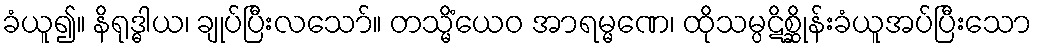
ခံယူ၍။ နိရုဒ္ဓါယ၊ ချုပ်ပြီးလသော်။ တသ္မိံယေဝ အာရမ္မဏေ၊ ထိုသမ္ပဋိစ္ဆိုန်းခံယူအပ်ပြီးသော